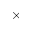
\times